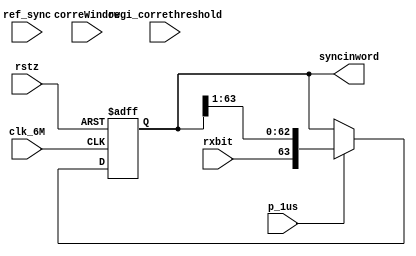
module rxsyncinword(
clk_6M, rstz, p_1us,
rxbit,
correWindow,
regi_correthreshold,
ref_sync,
//
syncinword
);

input clk_6M, rstz, p_1us;
input rxbit;
input correWindow;
input [5:0] regi_correthreshold;
input [63:0] ref_sync;
output [63:0] syncinword;


reg [63:0] syncinword;
always @(posedge clk_6M or negedge rstz)
begin
  if (!rstz)
     syncinword <= 64'h0;
  else if (p_1us)
     //syncinword <= {syncinword[62:0],rxbit} ;
     syncinword <= {rxbit,syncinword[63:1]} ;  // LSB transmit first, MSB transmit last 
end


/////correlator correlator_u(
/////.clk_6M             (clk_6M             ), 
/////.rstz               (rstz               ), 
/////.p_1us              (p_1us              ),
/////.correWindow        (correWindow        ),
/////.sync_in            (syncinword         ), 
/////.ref_sync           (ref_sync           ),
/////.regi_correthreshold(regi_correthreshold),
///////                 (//                 )
/////.pscorr_trgp        (pscorr_trgp        )
/////
/////);

endmodule